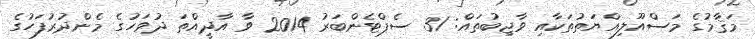
މަޤާމުގެ މަސްއޫލިއްޔަތުތަކާއި ވާޖިބުތައް: 31 ސެޕްޓެންބަރު 2014 ވާ އާދީއްތަ ދުވަހުގެ މެންދުރުފަހުގެ